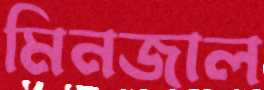
মিনজাল